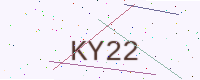
Text: KY22